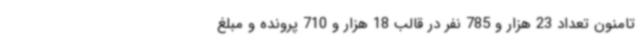
تامنون تعداد 23 هزار و 785 نفر در قالب 18 هزار و 710 پرونده و مبلغ